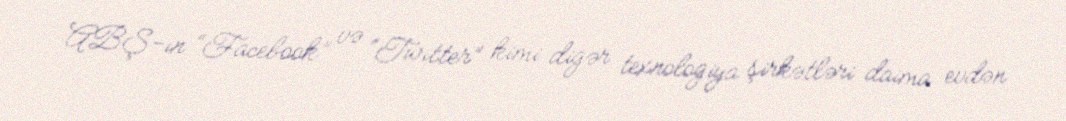
ABŞ-ın “Facebook” və “Twitter” kimi digər texnologiya şirkətləri daima evdən